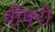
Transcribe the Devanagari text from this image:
वीपरो